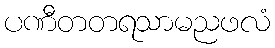
ပဏီတတရသာမညဖလံ